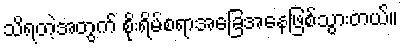
သိရတဲ့အတွက် စိုးရိမ်စရာအခြေအနေဖြစ်သွားတယ်။